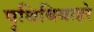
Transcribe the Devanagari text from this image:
पृथिबिबाहरे